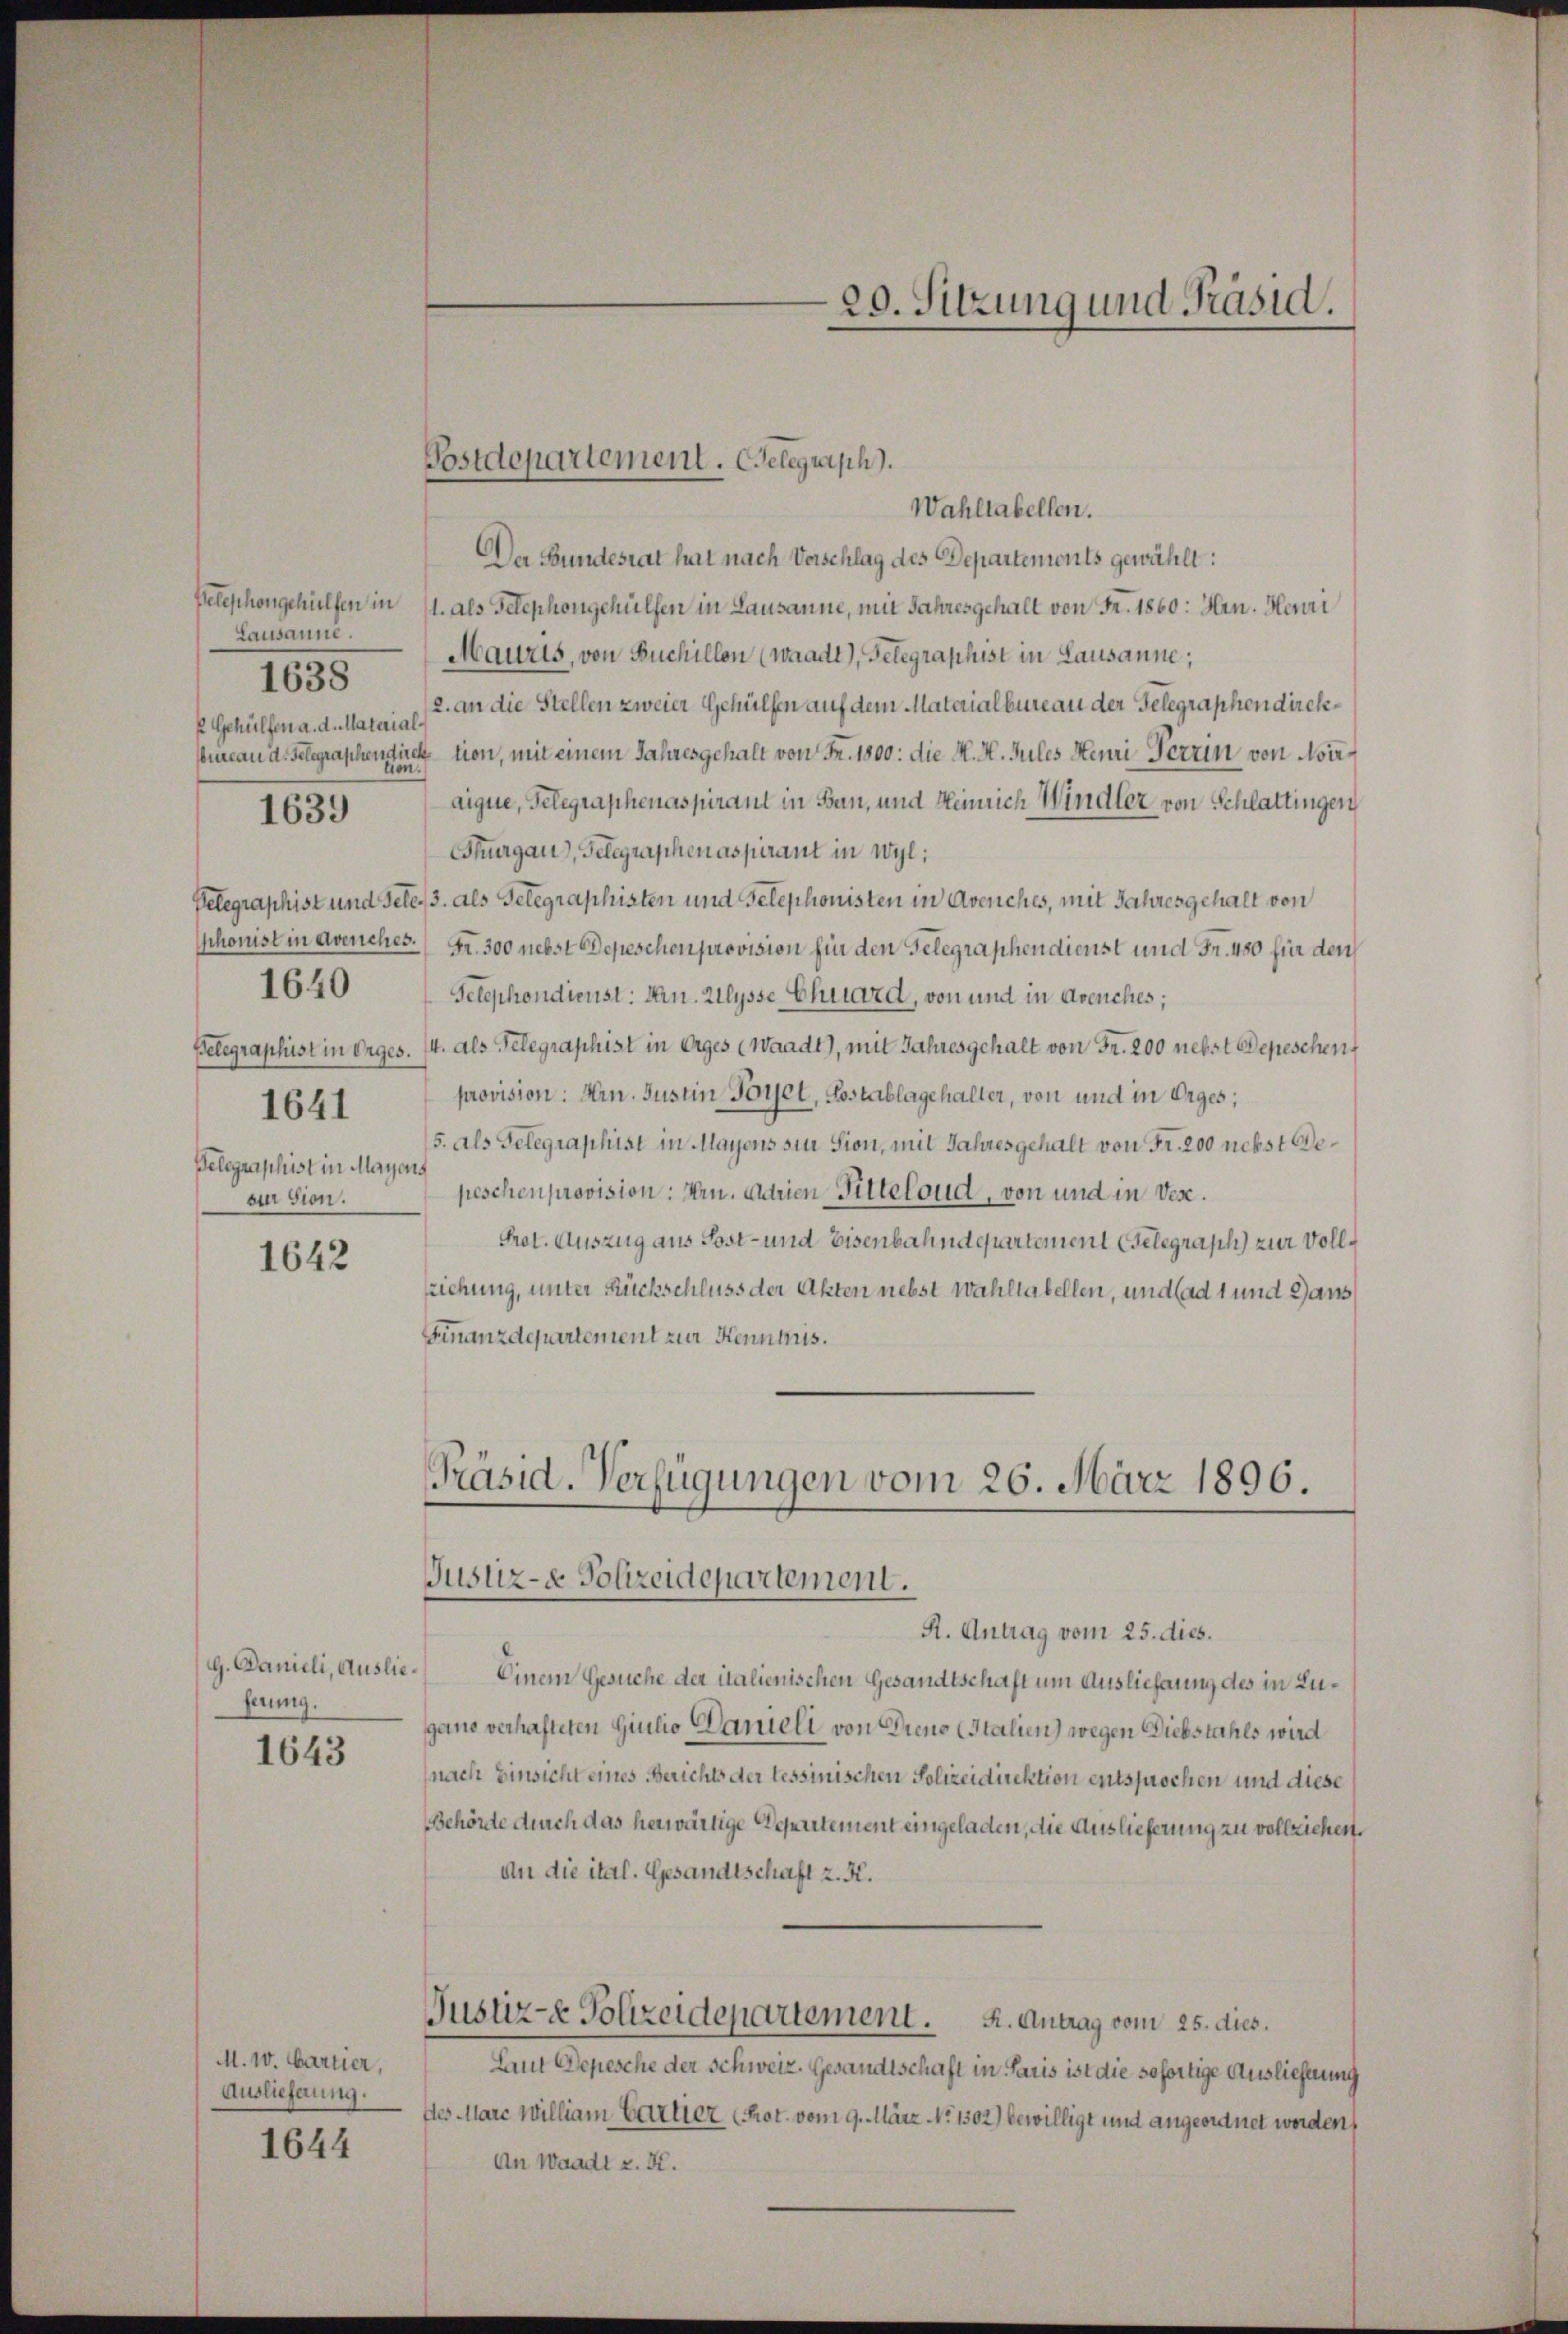
Lausanne.
2 Gehülfen a. d. Material-

Wahltabellen.
Der Bundesrat hat nach Vorschlag des Departements gewählt:
Pelephongehülfen in 11. als Telephongehülfen in Lausanne, mit Jahresgehalt von Fr. 1860: Hrn. Heuri
Mauris, von Buchillen (waadt), Gelegraphist in Lausanne,
2. an die Stellen zweier Gehülfen auf dem Materialbureau der Gelegraphen direkbureau d. Gelegraphendirektion, mit einem Jahresgehalt von Fr. 1800. die M. H. Jules Henri Terrin von Noiztion.
aique, Telegraphenaspirant in Ban, und Heinrich Windler von Schlattingen
Thurgau, Gelegraphen aspirant in Wyl,
Pelegraphist und Jele/3. als Telegraphisten und Telephonisten in Avenches, mit Jahresgehalt von
honist in Avenches. Gr. 300 nebst Depeschen provision für den Gelegraphen dienst und Fr. 400 für den
1640
Telephondienst: Jan. Allysse Chuard, von und in Avenches;
Telegraphist in Orges. 14. als Telegraphist in Erges (Waadt), mit Jahresgehalt von Fr. 200 nebst Depeschen
provision: Hrn. Justin Forel, Postablagehalter, von und in Erges;
1641
5. als Gelegraphist in Mayens sin Sion, mit Jahresgehalt von Fr. 200 nebst Be¬
Gelegraphist in Mayens
peschen provision: Hrn. adrien Gitteloud, von und in Veraer sien.
Prot. Auszug aus Sost- und Eisenbahndepartement Gelegraph) zur Voll¬
1642
ziehung, unter Rückschluss der Akten nebst wahltabellen, und ad 1 und dans
Finanzdepartement zur Kenntnis.
Präsid. Verfügungen vom 26. März 1896.

1638

1639

g. Danieli, Auslieferung.

1643

M. 10. Cartier,
Auslieferung.

1644

Postdepartement. Celegraph).

20. Sitzung und Präsid.

Justiz- & Polizeidepartement.

A. Antrag vom 25. dies.
Einem Gesuche der italienischen Gesandtschaft um Auslieferung des in Lugano verhafteten Giulio Danieli von Diens (Italien) wegen Diebstahls wird
(nach Einsicht eines Berichts der tessinischen Polizeidirektion entsprochen und diese
Behörte durch das herwärtige Departement eingeladen, die Auslieferung zu vollziehen.
An die ital. Gesandtschaft z. K.
Justiz- & Polizeidepartement. K. Antrag vom 25. dies.
Laut Depesche der Schweiz. Gesandtschaft in Paris ist die sofortige Auslieferung
ftes Marc william Cartier (Prot. vom 9. März 1. 1302) bewilligt und angeordnet worden,
An Waadt z. K.